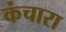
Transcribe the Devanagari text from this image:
कंचारा